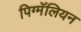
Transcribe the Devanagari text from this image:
पिग्मॅलियन